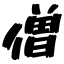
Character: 僧